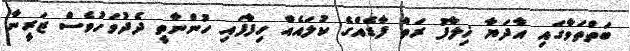
ބަތްތަވާގައި އާދަޔާ ޚިލާފު ރަތް ފާޑެއްގެ ކުލައެއް ހިފާފައި ހުންނާތީ ދެދުވަހުވެސް ޒަރީނާ